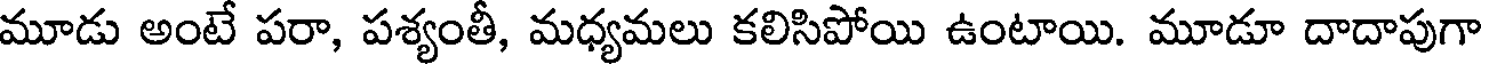
మూడు అంటే పరా, పశ్యంతీ, మధ్యమలు కలిసిపోయి ఉంటాయి. మూడూ దాదాపుగా